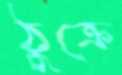
ঠুক্‌রে